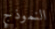
النموذج